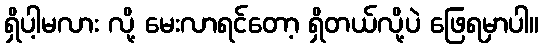
ရှိပါ့မလား လို့ မေးလာရင်တော့ ရှိတယ်လို့ပဲ ဖြေရမှာပါ။